Lunatic asylums in Bengal annual reports 1888-1898 - 1888-1898
Year: 1888
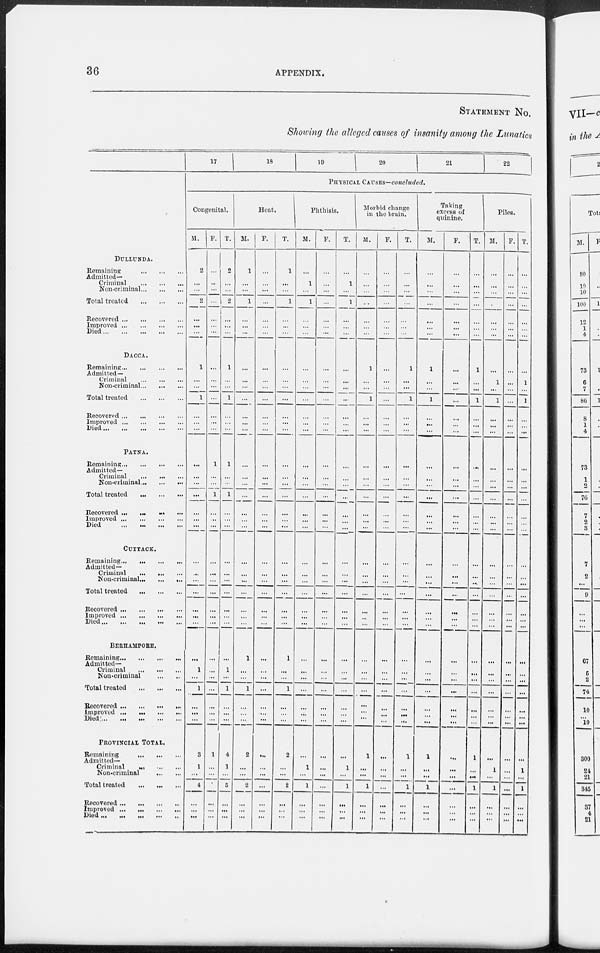
36
APPENDIX.
STATEMENT NO.
Showing the alleged causes of insanity among the Lunatics
DULLUNDA.
Remaining
Admitted—
Criminal
Non-criminal...
Total treated
Recovered
.
Improved
Died
DACCA.
Remaining
Admitted—
Criminal
Non-criminal
Total treated
Recovered
Improved
Died
PATNA.
Remaining
Admitted—
Criminal
Non-criminal
Total treated
Recovered ...
...
...
...
Improved
Died
CUTTACK.
Remaining
Admitted—
Criminal
...
Non-criminal
...
Total treated
Recovered
Improved
Died
BERHAMPORE.
Remaining
Admitted—
Criminal
...
...
Non-criminal
Total treated
Recovered
Improved ...
...
...
...
Died
.
PROVINCIAL TOTAL
Remaining
.
Admitted—
Criminal
...
...
...
Non-criminal
Total treated
Recovered
Improved
Died ...
...
...
...
...
17
18
19
20
21
22
PHYSICAL CAUSES—concluded.
Congenital.
M.
2
...
...
2
...
...
...
1
...
...
1
...
...
...
...
...
...
...
...
...
...
...
...
...
...
...
...
...
...
1
...
1
...
...
...
3
1
...
4
...
...
...
F.
...
...
...
...
...
...
...
...
...
...
...
...
...
...
l
...
...
1
...
...
...
...
...
...
...
...
...
...
...
...
...
...
...
...
...
1
...
...
...
...
...
...
T.
2
...
...
2
...
...
...
1
...
...
1
...
...
...
1
...
...
1
...
...
...
...
...
...
...
...
...
...
...
1
...
1
...
...
...
4
1
...
5
...
...
...
Heat.
M.
1
...
...
1
...
...
...
...
...
...
...
...
...
...
...
...
...
...
...
...
...
...
...
...
...
...
...
...
1
...
...
1
...
...
...
2
...
...
2
...
...
...
F.
...
...
...
...
...
...
...
...
...
...
...
...
...
...
...
...
...
...
...
...
...
...
...
...
...
...
...
...
...
...
...
...
...
...
...
...
...
...
...
...
...
...
T.
1
...
...
1
...
...
...
...
...
...
...
...
...
...
...
...
...
...
...
...
...
...
...
...
...
...
...
...
1
...
...
1
...
...
...
2
...
...
2
...
...
Phthisis.
M.
...
1
...
1
...
...
...
...
...
...
...
...
...
...
...
...
...
...
...
...
...
...
...
...
...
...
...
...
...
...
...
...
...
...
...
...
1
...
1
...
...
...
F.
...
...
...
...
...
...
...
...
...
...
...
...
...
...
...
...
...
...
...
...
...
...
...
...
...
...
...
...
...
...
...
...
...
...
...
...
...
...
...
...
...
...
T.
...
1
...
1
...
...
...
...
...
...
...
...
...
...
...
...
...
...
...
...
...
...
...
...
...
...
...
...
...
...
...
...
...
...
...
...
1
...
1
...
...
...
Morbid change
in the brain.
M.
...
...
...
...
...
...
...
1
...
...
1
...
...
...
...
...
...
...
...
...
...
...
...
...
...
...
...
...
...
...
...
...
...
...
...
1
...
...
1
...
...
...
F.
...
...
...
...
...
...
...
...
...
...
...
...
...
...
...
...
...
...
...
...
...
...
...
...
...
...
...
...
...
...
...
...
...
...
...
...
...
...
...
...
...
...
T.
...
...
...
...
...
...
...
1
...
...
1
...
...
...
...
...
...
...
...
...
...
...
...
...
...
...
...
...
...
...
...
...
...
...
...
1
...
...
1
...
...
...
Taking
excess of
quinine.
M.
...
...
...
...
...
...
...
1
...
...
1
...
...
...
...
...
...
...
...
...
...
...
...
...
...
...
...
...
...
...
...
...
...
...
...
1
...
...
1
...
...
...
F.
...
...
...
...
...
...
...
...
...
...
...
...
...
...
...
...
...
...
...
...
...
...
...
...
...
...
...
...
...
...
...
...
...
...
...
...
...
...
...
...
...
...
T.
...
...
...
...
...
...
...
1
...
...
1
...
...
...
...
...
...
...
...
...
...
...
...
...
...
...
...
...
...
...
...
...
...
...
...
1
...
...
1
...
...
...
Piles.
M.
...
...
...
...
...
...
...
...
1
...
1
...
...
...
...
...
...
...
...
...
...
...
...
...
...
...
...
...
...
...
...
...
...
...
...
...
1
...
1
...
...
...
F.
...
...
...
...
...
...
...
...
...
...
...
...
...
...
...
...
...
...
...
...
...
...
...
...
...
...
...
...
...
...
...
...
...
...
...
...
...
...
...
...
...
...
T.
...
...
...
...
...
...
...
1
...
1
...
...
...
...
...
...
...
...
...
...
...
...
...
...
...
...
...
...
...
...
...
...
...
...
1
...
1
...
...
...